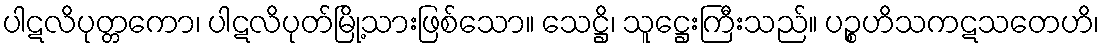
ပါဋလိပုတ္တကော၊ ပါဋလိပုတ်မြို့သားဖြစ်သော။ သေဋ္ဌိ၊ သူဋ္ဌေးကြီးသည်။ ပဉ္စဟိသကဋသတေဟိ၊